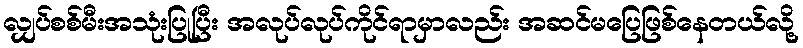
လျှပ်စစ်မီးအသုံးပြုပြီး အလုပ်လုပ်ကိုင်ရာမှာလည်း အဆင်မပြေဖြစ်နေတယ်လို့